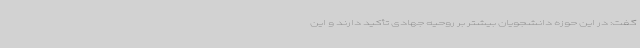
گفت: در این حوزه دانشجویان بیشتر بر روحیه جهادی تأکید دارند و این